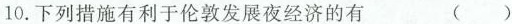
10.下列措施有利于伦敦发展夜经济的有（）